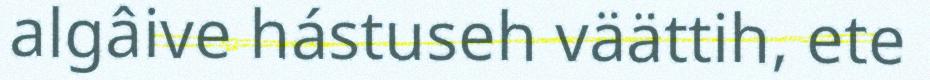
algâive hástuseh väättih, ete